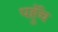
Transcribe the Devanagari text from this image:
पहुॅंच